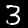
Digit: 3